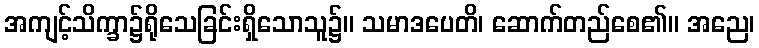
အကျင့်သိက္ခာ၌ရိုသေခြင်းရှိသောသူ၌။ သမာဒပေတိ၊ ဆောက်တည်စေ၏။ အညေ၊